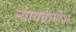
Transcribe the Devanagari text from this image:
न्यायवागीश